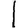
Digit: 1